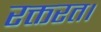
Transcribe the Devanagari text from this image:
रक्तरत।